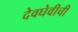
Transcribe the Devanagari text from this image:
देवघेवीची